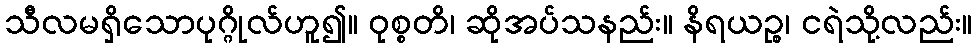
သီလမရှိသောပုဂ္ဂိုလ်ဟူ၍။ ဝုစ္စတိ၊ ဆိုအပ်သနည်း။ နိရယဉ္စ၊ ငရဲသို့လည်း။